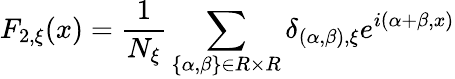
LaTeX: F_{2,\xi}(x)=\frac{1}{N_{\xi}}\sum_{\{ \alpha,\beta\} \in R\times R}\delta_{(\alpha,\beta),\xi}e^{i(\alpha+\beta,x)}